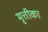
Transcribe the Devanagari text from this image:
मृत्तीका